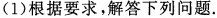
(1)根据要求，解答下列问题.